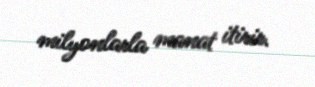
milyonlarla manat itirir.